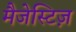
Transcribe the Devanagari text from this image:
मैजेस्टिज़